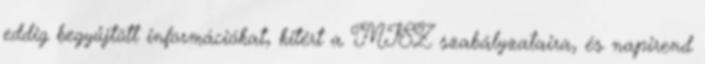
eddig begyűjtött információkat, kitért a MISZ szabályzataira, és napirend